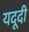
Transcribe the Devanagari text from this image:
यदूदी